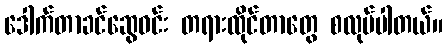
ဒေါက်တာခင်ဆွေဝင်း တရားထိုင်တာတွေ စလုပ်ပါတယ်။